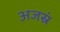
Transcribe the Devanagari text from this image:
अजस्रं